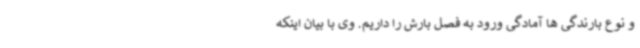
و نوع بارندگی ها آمادگی ورود به فصل بارش را داریم. وی با بیان اینکه